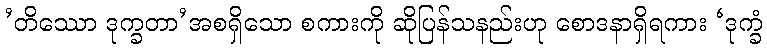
’တိဿော ဒုက္ခတာ’အစရှိသော စကားကို ဆိုပြန်သနည်းဟု စောဒနာရှိရကား ‘ဒုက္ခံ